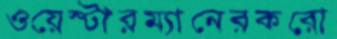
ওয়েস্টারম্যানেরকরো